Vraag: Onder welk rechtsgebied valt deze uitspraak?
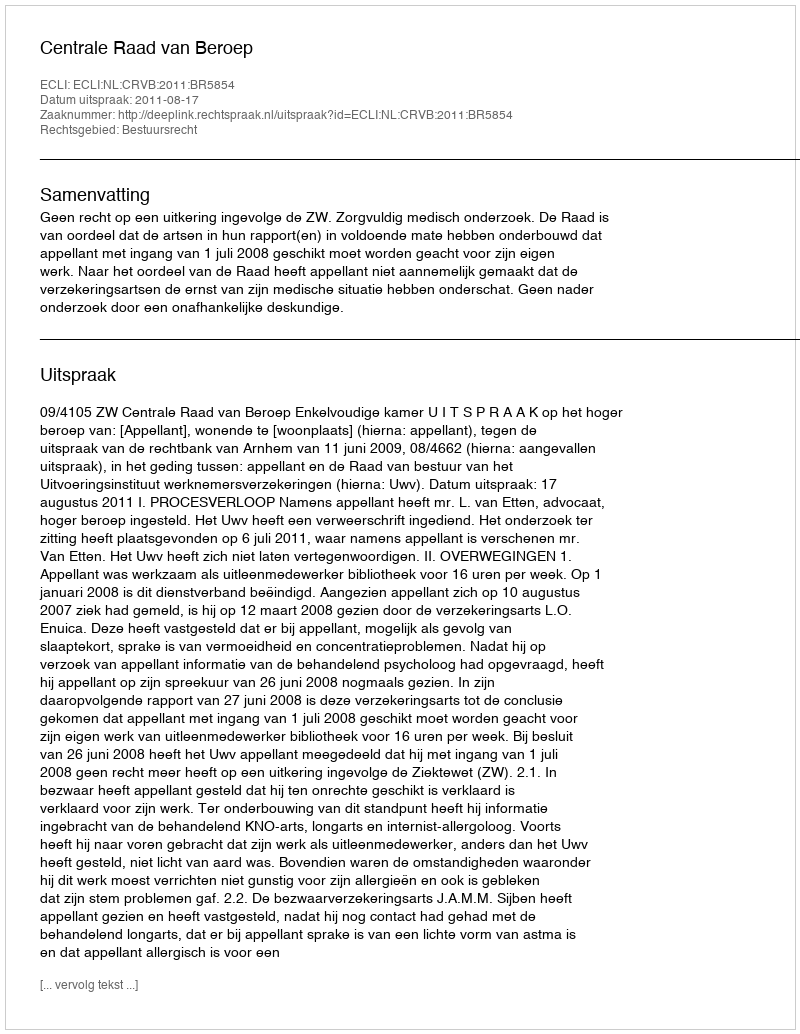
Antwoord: Bestuursrecht